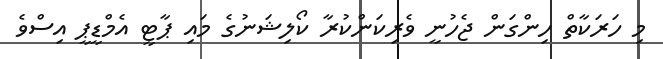
މި ހަރަކާތް ހިންގަން ޖެހުނީ ވެރިކަންކުރާ ކޯލިޝަނުގެ މައި ޕާޓީ އެމްޑީޕީ އިސްވެ